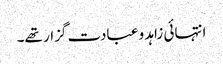
انتہائی زاہد و عبادت گزار تھے۔